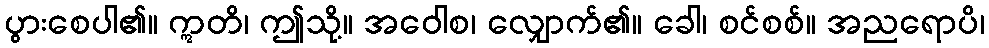
ပွားစေပါ၏။ ဣတိ၊ ဤသို့။ အဝေါစ၊ လျှောက်၏။ ခေါ၊ စင်စစ်။ အညရောပိ၊